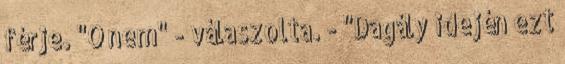
férje. "Ó nem" - válaszolta. - "Dagály idején ezt